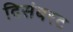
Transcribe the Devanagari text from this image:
दिसंबरट